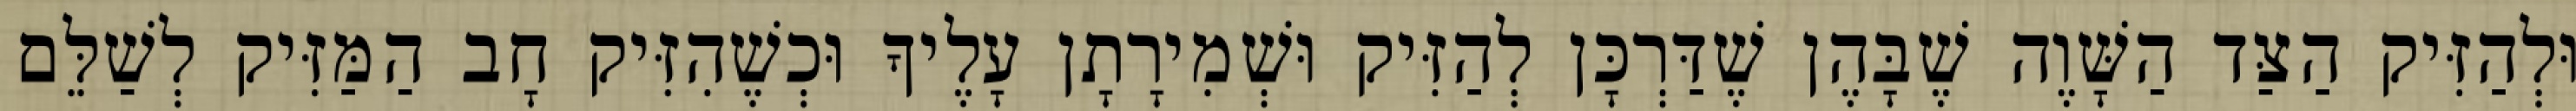
וּלְהַזִּיק הַצַּד הַשָּׁוֶה שֶׁבָּהֶן שֶׁדַּרְכָּן לְהַזִּיק וּשְׁמִירָתָן עָלֶיךָ וּכְשֶׁהִזִּיק חָב הַמַּזִּיק לְשַׁלֵּם